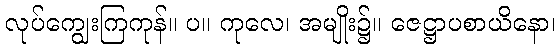
လုပ်ကျွေးကြကုန်။ ပ။ ကုလေ၊ အမျိုး၌။ ဇေဋ္ဌာပစာယိနော၊